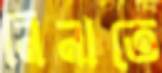
নিনাতে